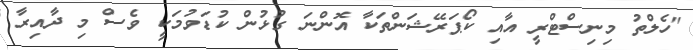
"ހެލްތު މިނިސްޓްރީ އާއި ކޯޕަރޭޝަންތަކާ އޮންނަ ގުޅުން ކުޑަވުމަކީ ވެސް މި ދާއިރާ